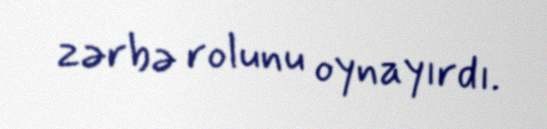
zərbə rolunu oynayırdı.